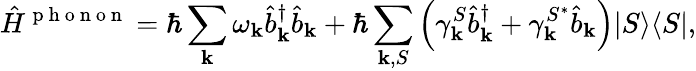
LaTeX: \hat{H}^{\mathrm{~p~h~o~n~o~n~}}=\hbar\sum_{\mathbf{k}}\omega_{\mathbf{k}}\hat{b}_{\mathbf{k}}^{\dagger}\hat{b}_{\mathbf{k}}+\hbar\sum_{{\mathbf{k}},S}\left(\gamma_{\mathbf{k}}^{S}\hat{b}_{\mathbf{k}}^{\dagger}+\gamma_{\mathbf{k}}^{S^{*}}\hat{b}_{\mathbf{k}}\right)\vert S\rangle\langle S\vert,